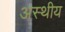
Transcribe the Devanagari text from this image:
अस्थीय